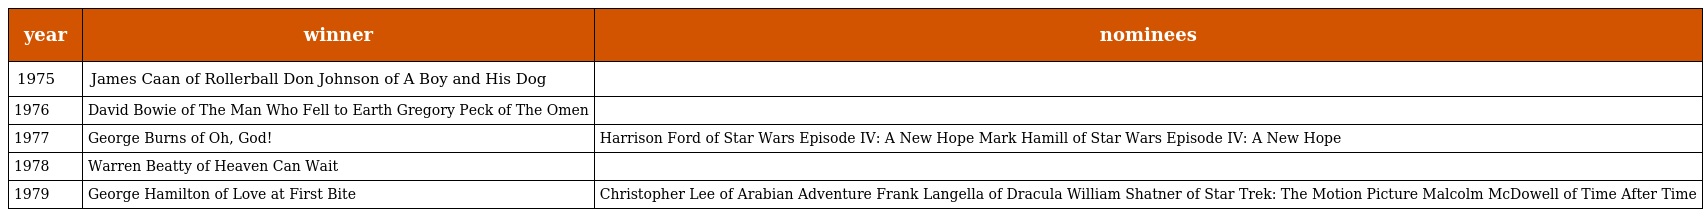
| year | winner | nominees |
 | --- | --- | --- |
 | 1975 | James Caan of Rollerball Don Johnson of A Boy and His Dog |  |
 | 1976 | David Bowie of The Man Who Fell to Earth Gregory Peck of The Omen |  |
 | 1977 | George Burns of Oh, God! | Harrison Ford of Star Wars Episode IV: A New Hope Mark Hamill of Star Wars Episode IV: A New Hope |
 | 1978 | Warren Beatty of Heaven Can Wait |  |
 | 1979 | George Hamilton of Love at First Bite | Christopher Lee of Arabian Adventure Frank Langella of Dracula William Shatner of Star Trek: The Motion Picture Malcolm McDowell of Time After Time |